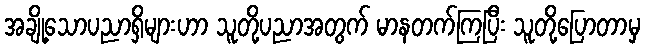
အချို့သောပညာရှိများဟာ သူတို့ပညာအတွက် မာနတက်ကြပြီး သူတို့ပြောတာမှ